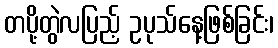
တပို့တွဲလပြည့် ဥပုသ်နေ့ဖြစ်ခြင်း၊